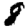
Digit: 8